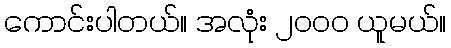
ကောင်းပါတယ်။ အလုံး ၂၀၀၀ ယူမယ်။